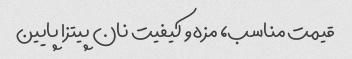
قیمت مناسب، مزه و کیفیت نان پیتزا پایین